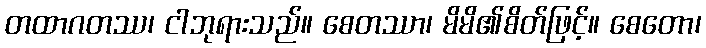
တထာဂတဿ၊ ငါဘုရားသည်။ စေတဿာ၊ မိမိ၏စိတ်ဖြင့်။ စေတော၊